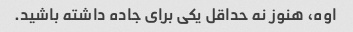
اوه، هنوز نه حداقل یکی برای جاده داشته باشید.